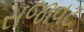
સજાવટ